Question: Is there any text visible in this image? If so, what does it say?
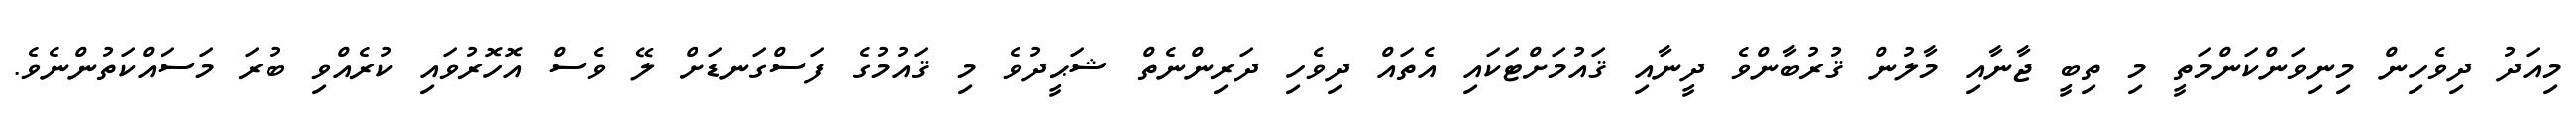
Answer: މިއަދު ދިވެހިން މިނިވަންކަންމަތީ މި ތިބީ ޖާނާއި މާލުން ޤުރުބާންވެ ދީނާއި ޤައުމަށްޓަކައި އެތައް ދިވެހި ދަރިންނެތް ޝަޙީދުވެ މި ޤައުމުގެ ފަސްގަނޑަށް ލޭ ވެސް އޮހޮރުވައި ކުރެއްވި ބުރަ މަސައްކަތުންނެވެ.